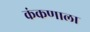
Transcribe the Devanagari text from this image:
कंकणाला